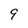
Character: 9